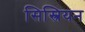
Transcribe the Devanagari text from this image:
सिस्त्रियन